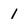
Character: 1